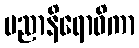
ပညာနိရောဓိကာ